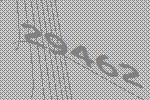
29462